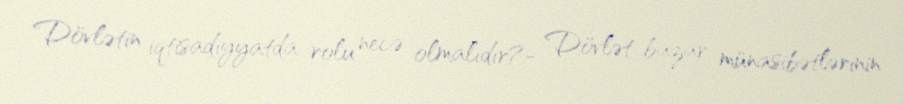
Dövlətin iqtisadiyyatda rolu necə olmalıdır?- Dövlət bazar münasibətlərinin